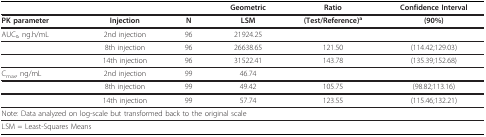
<table><thead><tr><td></td><td></td><td></td><td><b>Geometric</b></td><td><b>Ratio</b></td><td><b>Confidence Interval</b></td></tr></thead><tbody><tr><td><b>PK parameter</b></td><td><b>Injection</b></td><td><b>N</b></td><td><b>LSM</b></td><td><b>(Test/Reference)<sup>a</sup></b></td><td><b>(90%)</b></td></tr><tr><td>AUC<sub>τ</sub>, ng.h/mL</td><td>2nd injection</td><td>96</td><td>21924.25</td><td></td><td></td></tr><tr><td></td><td>8th injection</td><td>96</td><td>26638.65</td><td>121.50</td><td>(114.42;129.03)</td></tr><tr><td></td><td>14th injection</td><td>96</td><td>31522.41</td><td>143.78</td><td>(135.39;152.68)</td></tr><tr><td>C<sub>max</sub>, ng/mL</td><td>2nd injection</td><td>99</td><td>46.74</td><td></td><td></td></tr><tr><td></td><td>8th injection</td><td>99</td><td>49.42</td><td>105.75</td><td>(98.82;113.16)</td></tr><tr><td></td><td>14th injection</td><td>99</td><td>57.74</td><td>123.55</td><td>(115.46;132.21)</td></tr><tr><td colspan="6">Note: Data analyzed on log-scale but transformed back to the original scale</td></tr><tr><td colspan="6">LSM = Least-Squares Means</td></tr></tbody></table>